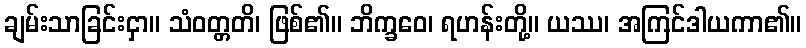
ချမ်းသာခြင်းငှာ။ သံဝတ္တတိ၊ ဖြစ်၏။ ဘိက္ခဝေ၊ ရဟန်းတို့။ ယဿ၊ အကြင်ဒါယကာ၏။